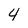
Character: 4